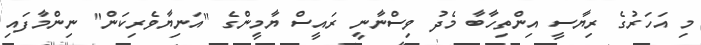
މި އަހަރުގެ ރިޔާސީ އިންތިހާބާ މެދު ވިސްނާނީ ރައީސް ޔާމީންގެ "އަނިޔާވެރިކަން" ނިންމާފައި